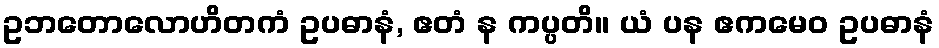
ဥဘတောလောဟိတကံ ဥပဓာနံ, ဧတံ န ကပ္ပတိ။ ယံ ပန ဧကမေဝ ဥပဓာနံ